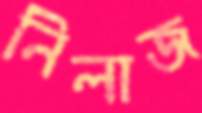
নিলাজ